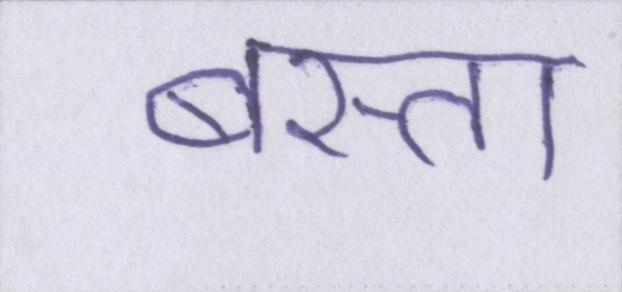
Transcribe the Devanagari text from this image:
बस्ता